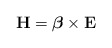
\begin{align*}{\bf H}=\mbox{\boldmath$\beta$}\times{\bf E}\end{align*}